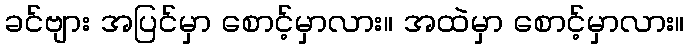
ခင်ဗျား အပြင်မှာ စောင့်မှာလား။ အထဲမှာ စောင့်မှာလား။